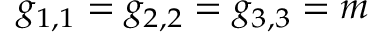
g _ { 1 , 1 } = g _ { 2 , 2 } = g _ { 3 , 3 } = m